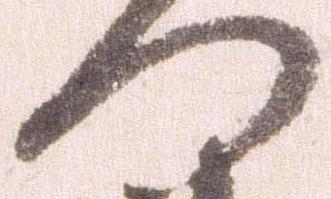
つ